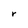
Character: r